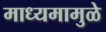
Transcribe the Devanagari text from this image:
माध्यमामुळे